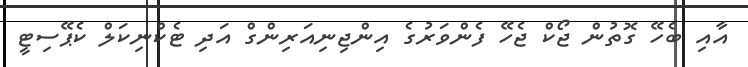
އާއި ބެހޭ ގޮތުން ޖޯކް ޖެހޭ ފެންވަރުގެ އިންޖިނިއަރިންގް އަދި ޓެކްނިކަލް ކެޕޭސިޓީ